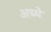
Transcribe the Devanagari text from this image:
अध्ये